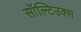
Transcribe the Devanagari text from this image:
सॉल्टिउक्स